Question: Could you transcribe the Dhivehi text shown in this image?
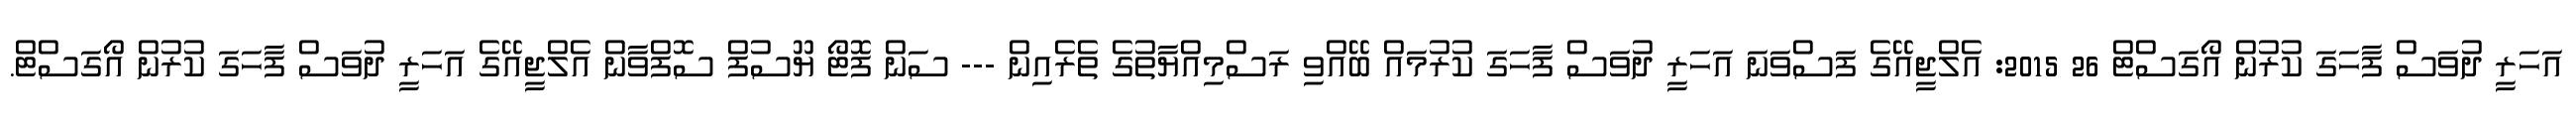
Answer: އަހަރީ ދުވަސް ފާހަގަ ކުރުން އޯގަސްޓް 26 2015: އެލްޖީއޭގެ ފަސްވަނަ އަހަރީ ދުވަސް ފާހަގަ ކުރުމައް ބޭއްވި ރަސްމިއްޔާތުގެ ތެރެއިން --- ސަން ފޮޓޯ ޔޫސުފް ސޮފްވާން އެލްޖީއޭގެ އަހަރީ ދުވަސް ފާހަގަ ކުރުން އޯގަސްޓް.